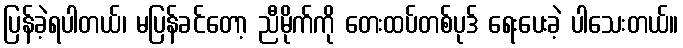
ပြန်ခဲ့ရပါတယ်၊ မပြန်ခင်တော့ ညီမိုက်ကို တေးထပ်တစ်ပုဒ် ရေးပေးခဲ့ ပါသေးတယ်။